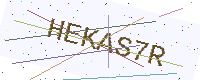
Text: HEKAS7R